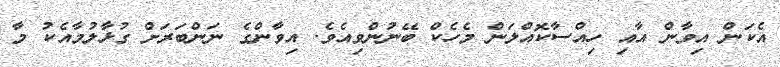
އެކަން އިވާން އާއި ހިއްސާކޮއްލަން މެހެކް ބޭނުންވިއެވެ. އިވާންގެ ނަންބަރަށް ގުޅާލުމާއެކު މާ